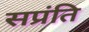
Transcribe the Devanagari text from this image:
सप्रंति